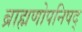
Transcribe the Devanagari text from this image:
ब्राह्मणोपनिषद्